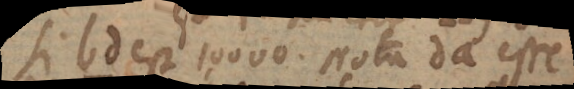
si bd est 1,0000. Nota da esse